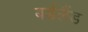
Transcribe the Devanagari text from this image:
बर्डलैंड